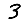
Digit: 3